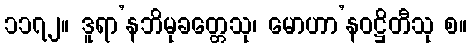
၁၁၇၂။ ဒူရာ’နဘိမုခတ္တေသု၊ မောဟာ’နဝဋ္ဌိတီသု စ။